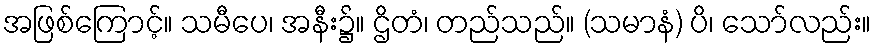
အဖြစ်ကြောင့်။ သမီပေ၊ အနီး၌။ ဌိတံ၊ တည်သည်။ (သမာနံ) ပိ၊ သော်လည်း။